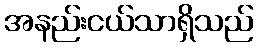
အနည်းငယ်သာရှိသည်